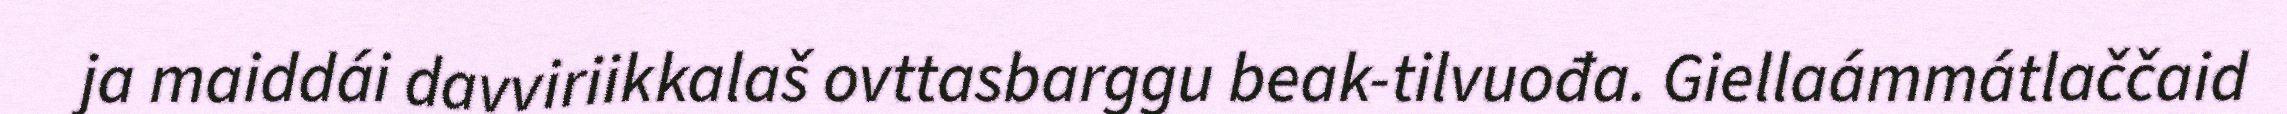
ja maiddái davviriikkalaš ovttasbarggu beak-tilvuođa. Giellaámmátlaččaid